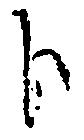
ト